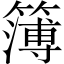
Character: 簿